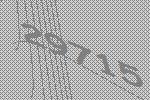
29715